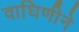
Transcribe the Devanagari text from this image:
वाघिणीने